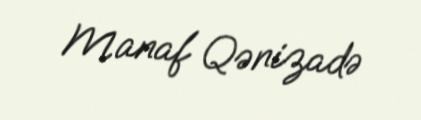
Manaf Qənizadə